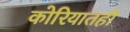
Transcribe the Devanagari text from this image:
कोरियातही